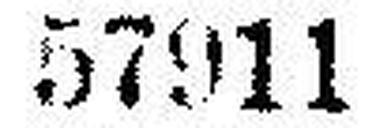
57911